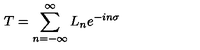
T = \sum _ { n = - \infty } ^ { \infty } L _ { n } e ^ { - i n \sigma }